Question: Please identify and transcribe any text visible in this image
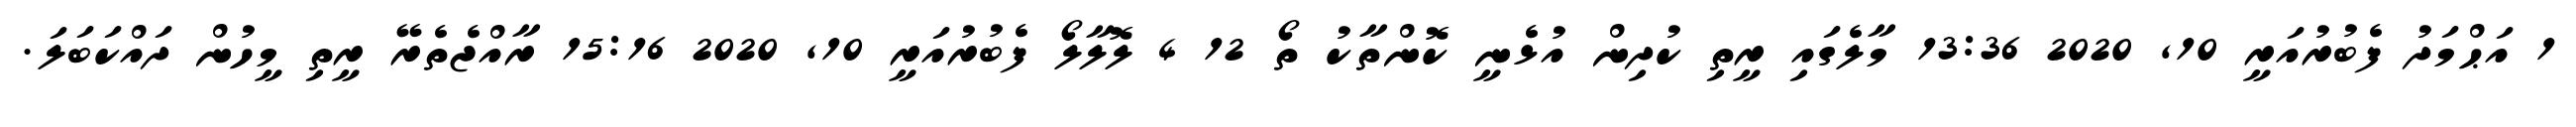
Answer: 1 އަޙްމަދު ފެބުރުއަރީ 10, 2020 13:36 މާލެގައި ރީތި ކުދިން އުޅެނީ ކޮންތާކު ތޯ 12 4 ލޮލާލޯ ފެބުރުއަރީ 10, 2020 15:16 ރާއްޖެތެރޭ ރީތި މީހުން ދައްކަބަލަ.